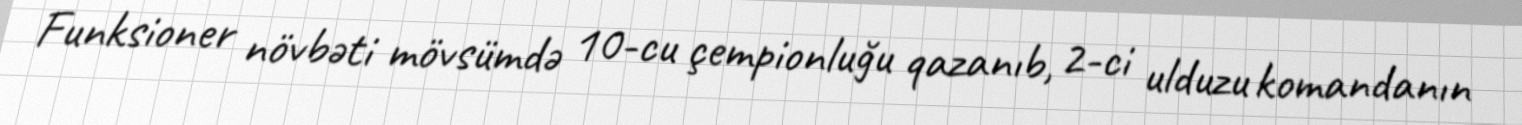
Funksioner növbəti mövsümdə 10-cu çempionluğu qazanıb, 2-ci ulduzu komandanın